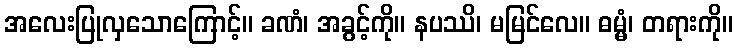
အလေးပြုလှသောကြောင့်။ ခဏံ၊ အခွင့်ကို။ နပဿိ၊ မမြင်လေ။ ဓမ္မံ၊ တရားကို။